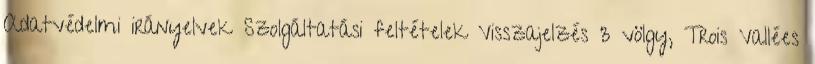
Adatvédelmi irányelvek Szolgáltatási feltételek Visszajelzés 3 völgy, Trois Vallées